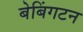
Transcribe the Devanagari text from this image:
बेबिंगटन